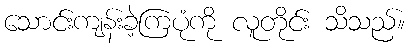
သောင်းကျန်းခဲ့ကြပုံကို လူတိုင်း သိသည်။